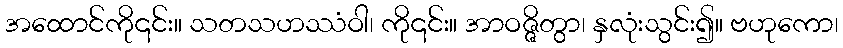
အထောင်ကို၎င်း။ သတသဟဿံဝါ၊ ကို၎င်း။ အာဝဇ္ဇိတွာ၊ နှလုံးသွင်း၍။ ဗဟုကော၊